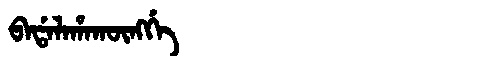
Manchu: ᠪᠠᡩᠠᠯᠠᡥᠠᡴᡡᠩᡤᡝ
Romanization: BADALAHAKŪNGGE